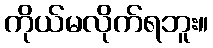
ကိုယ်မလိုက်ရဘူး။